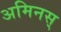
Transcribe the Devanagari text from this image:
अमिनस्